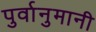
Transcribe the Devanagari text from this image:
पुर्वानुमानी